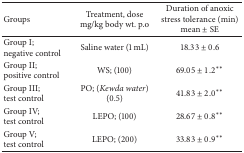
| Groups | Treatment, dose mg/kg body wt. p.o | Duration of anoxic stress tolerance (min) mean ± SE |
 | --- | --- | --- |
 | Group I; negative control | Saline water (1 mL) | 18.33 ± 0.6 |
 | Group II; positive control | WS; (100) | 69.05 ± 1.2** |
 | Group III; test control | PO; (Kewda water) (0.5) | 41.83 ± 2.0** |
 | Group IV; test control | LEPO; (100) | 28.67 ± 0.8** |
 | Group V; test control | LEPO; (200) | 33.83 ± 0.9** |